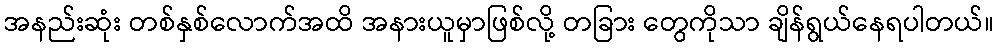
အနည်းဆုံး တစ်နှစ်လောက်အထိ အနားယူမှာဖြစ်လို့ တခြား တွေကိုသာ ချိန်ရွယ်နေရပါတယ်။